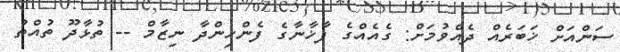
ސަންއަށް ޚަބަރެއް ދެއްވުމަށް: ގެއެއްގެ ފާޚާނާގެ ފެންހިންދާ ނިޒާމް -- ތުޅާދޫ ތުއްތު